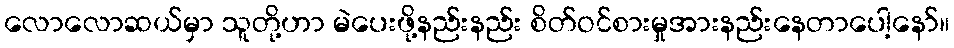
လောလောဆယ်မှာ သူတို့ဟာ မဲပေးဖို့နည်းနည်း စိတ်ဝင်စားမှုအားနည်းနေတာပေါ့နော်။